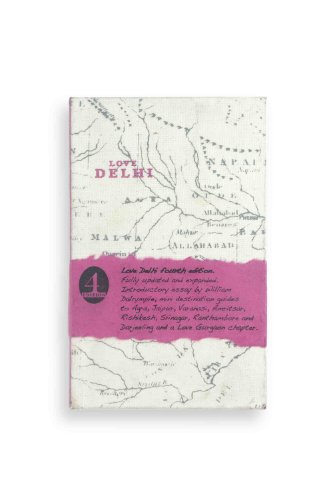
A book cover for Love Delhi; Fiona Caulfield; Travel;